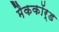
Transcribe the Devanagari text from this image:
मैककॉर्ड